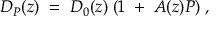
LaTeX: { D _ { P } ( z ) \; = \; D _ { 0 } ( z ) \; ( 1 \; + \; A ( z ) P ) \; , }